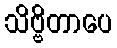
သိဗ္ဗိတာပေ